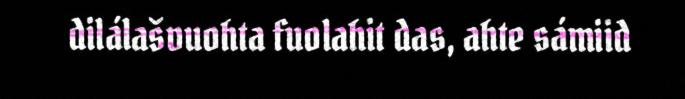
dilálašvuohta fuolahit das, ahte sámiid